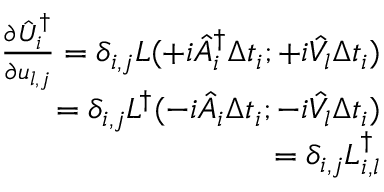
\begin{array} { r } { \frac { \partial \hat { U } _ { i } ^ { \dagger } } { \partial { u } _ { l , j } } = \delta _ { i , j } L ( + i \hat { A } _ { i } ^ { \dagger } \Delta t _ { i } ; + i \hat { V _ { l } } \Delta t _ { i } ) } \\ { = \delta _ { i , j } L ^ { \dagger } ( - i \hat { A } _ { i } \Delta t _ { i } ; - i \hat { V _ { l } } \Delta t _ { i } ) } \\ { = \delta _ { i , j } L _ { i , l } ^ { \dagger } } \end{array}